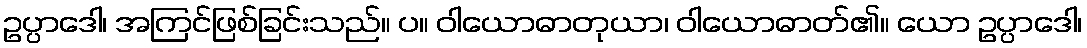
ဥပ္ပာဒေါ၊ အကြင်ဖြစ်ခြင်းသည်။ ပ။ ဝါယောဓာတုယာ၊ ဝါယောဓာတ်၏။ ယော ဥပ္ပာဒေါ၊